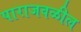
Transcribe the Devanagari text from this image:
पाराजवळील